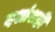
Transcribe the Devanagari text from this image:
दशांशही